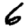
Digit: 6